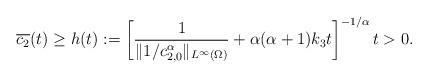
LaTeX: \begin{align*}\overline{c_2}(t) \geq h(t):= \left[\frac{1}{\|1/c_{2,0}^\alpha\|_{L^{\infty}(\Omega)}} + \alpha(\alpha+1)k_3t \right]^{-1/\alpha} t>0.\end{align*}